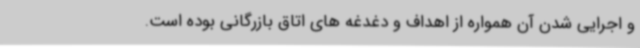
و اجرایی شدن آن همواره از اهداف و دغدغه های اتاق بازرگانی بوده است.